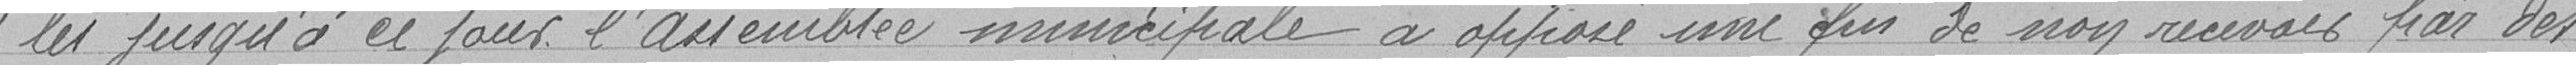
" les jusqu'à ce jour l'assemblée municipale a apposé une fin de non-recevoir par des